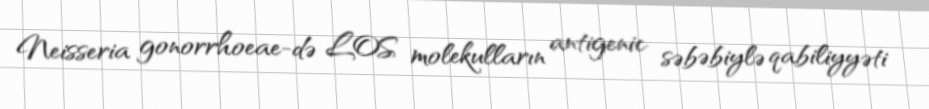
Neisseria gonorrhoeae-də LOS molekulların antigenic səbəbiylə qabiliyyəti